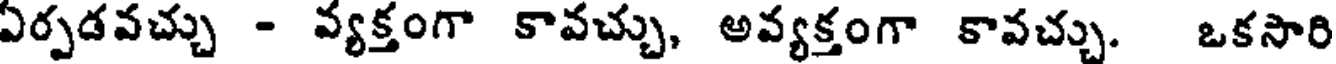
ఏర్పడవచ్చు - వ్యక్తంగా కావచ్చు, అవ్యక్తంగా కావచ్చు. ఒకసారి